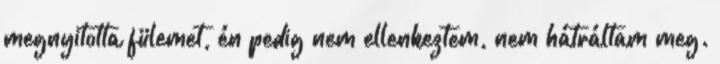
megnyitotta fülemet, én pedig nem ellenkeztem, nem hátráltam meg.